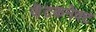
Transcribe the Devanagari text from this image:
जॆटकनेक्ट